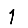
Digit: 1